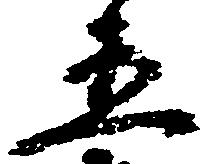
五